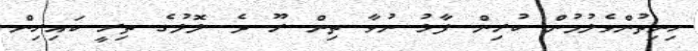
ހިނިތުންވެލުމުން ކުރިން ފާޅު ނުވާ ތިން ރޫ ދެ ލޮލުގެ ތިރީ ކައިރިން